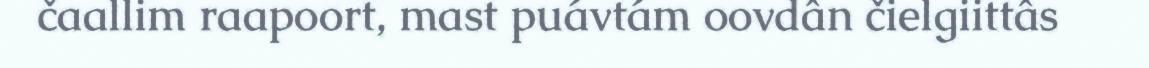
čaallim raapoort, mast puávtám oovdân čielgiittâs